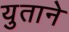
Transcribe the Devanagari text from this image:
युताने